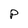
Character: P